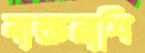
ব্যক্তরাশি